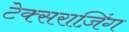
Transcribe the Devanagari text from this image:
टेक्सराज़िंग